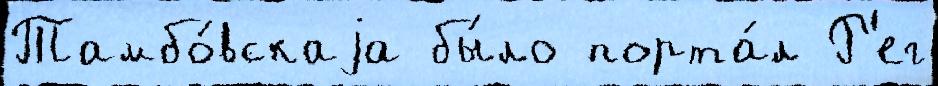
Тамбо́вскаjа бы́ло порта́л Р'ег